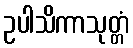
ဥပါသိကာသုတ္တံ